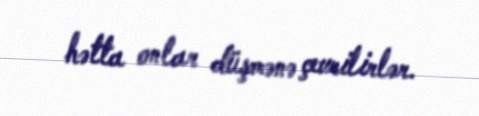
hətta onlar düşmənə çevrilirlər.